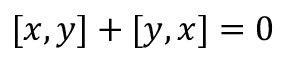
[ x , y ] + [ y , x ] = 0